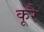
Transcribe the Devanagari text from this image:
कूरै